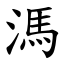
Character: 溤